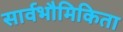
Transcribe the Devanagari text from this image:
सार्वभौमिकिता